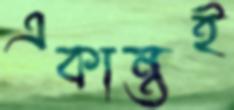
একান্তই